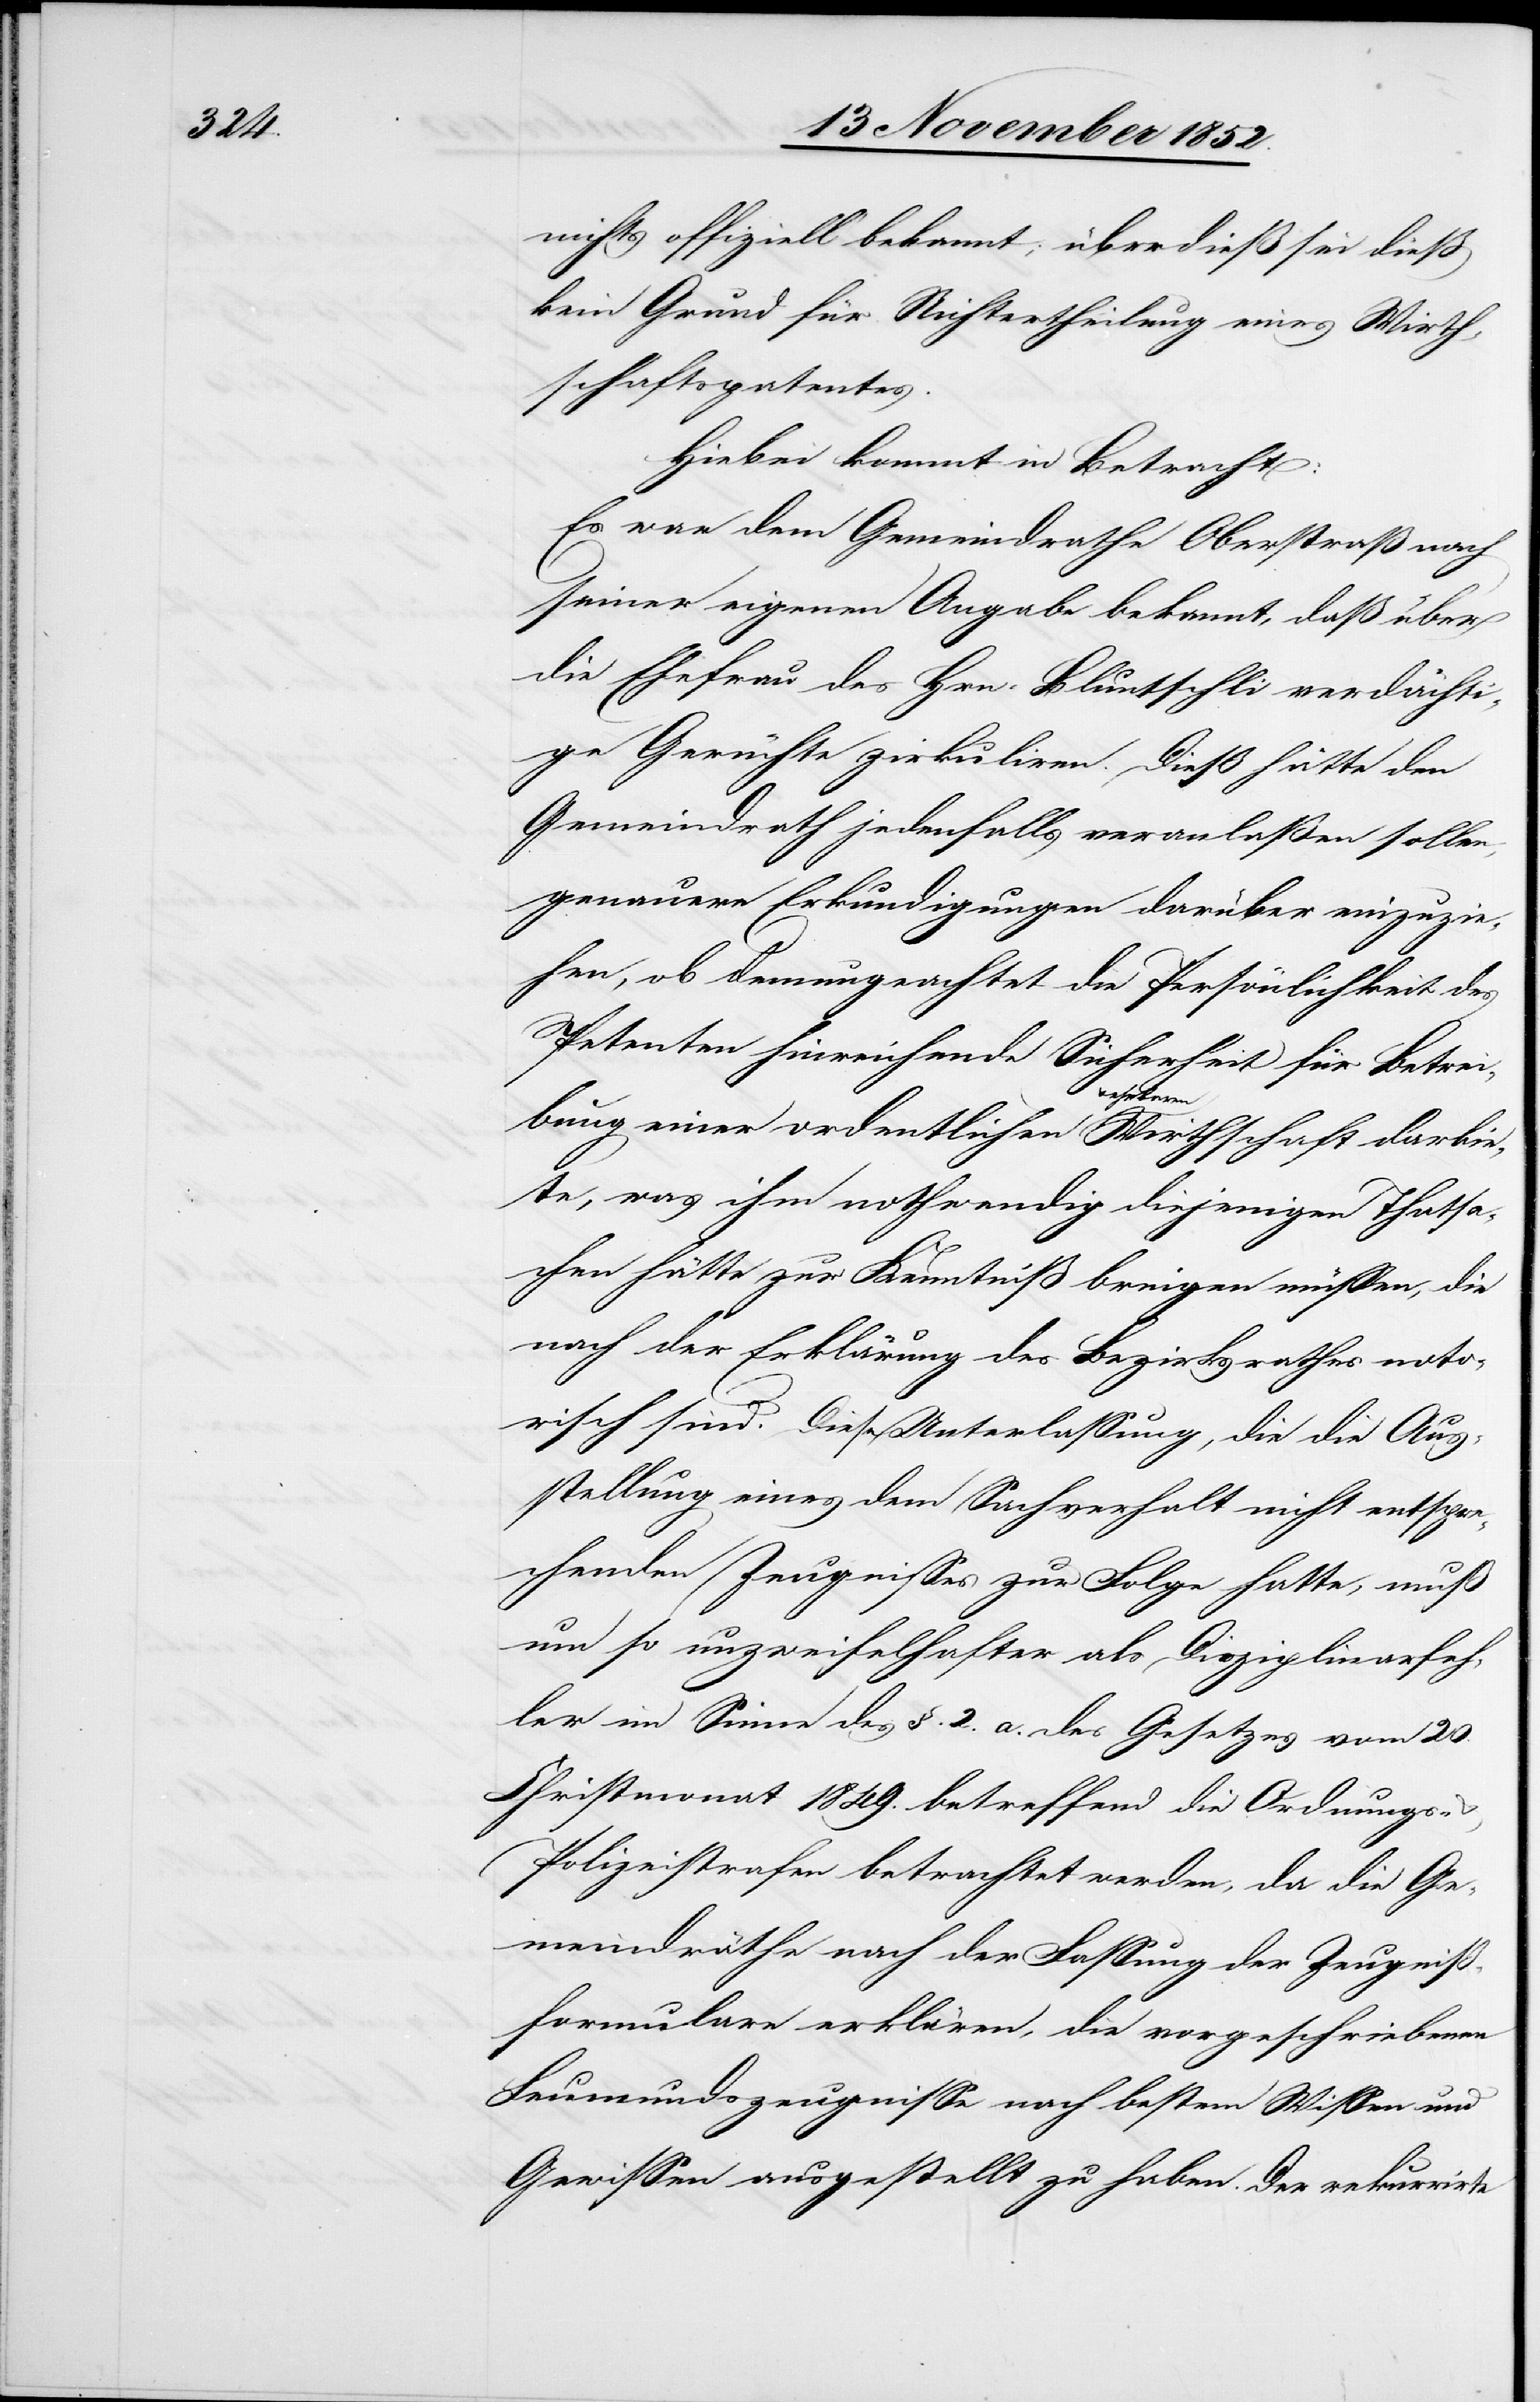
nichts offiziell bekannt; überdieß sei dieß
kein Grund für Nichtertheilung eines Wirth¬
schaftspatentes.
Hiebei kommt in Betracht:
Es war dem Gemeindrathe Oberstraß nach
seiner eigenen Angabe bekannt, daß über
die Ehefrau des Hrn. Bluntschli verdächti¬
ge Gerüchte zirkuliren. Dieß hätte den
Gemeindrath jedenfalls veranlaßen sollen,
genauere Erkundigungen darüber einzuzie¬
hen, ob demungeachtet die Persönlichkeit des
Petenten hinreichende Sicherheit für Betrei¬
bung einer ordentlichen & ehrbaren Wirthschaft darbie¬
te, was ihm nothwendig diejenigen Thatsa¬
chen hätte zur Kenntniß bringen müssen, die
nach der Erklärung des Bezirksrathes noto¬
risch sind. Diese Unterlassung, die die Aus¬
stellung eines dem Sachverhalt nicht entspre¬
chenden Zeugnisses zur Folge hatte, muß
um so unzweifelhafter als Disziplinarfeh¬
ler im Sinne des §. 2. a. des Gesetzes vom 20.
Christmonat 1849. betreffend die Ordnungs-
Polizeistrafen betrachtet werden, da die Ge¬
meindräthe nach der Fassung der Zeugniß¬
formulare erklären, die vorgeschriebenen
Leumundszeugnisse nach bestem Wissen und
Gewissen ausgestellt zu haben. Der rekurrirte